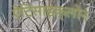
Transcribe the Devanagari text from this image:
ऐंटिसाइक्लोन